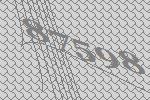
87598